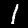
Label: 1